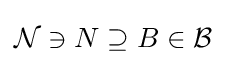
{\mathcal {N}}\ni N\supseteq B\in {\mathcal {B}}